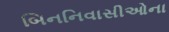
બિનનિવાસીઓના